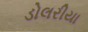
ડોલરીયા